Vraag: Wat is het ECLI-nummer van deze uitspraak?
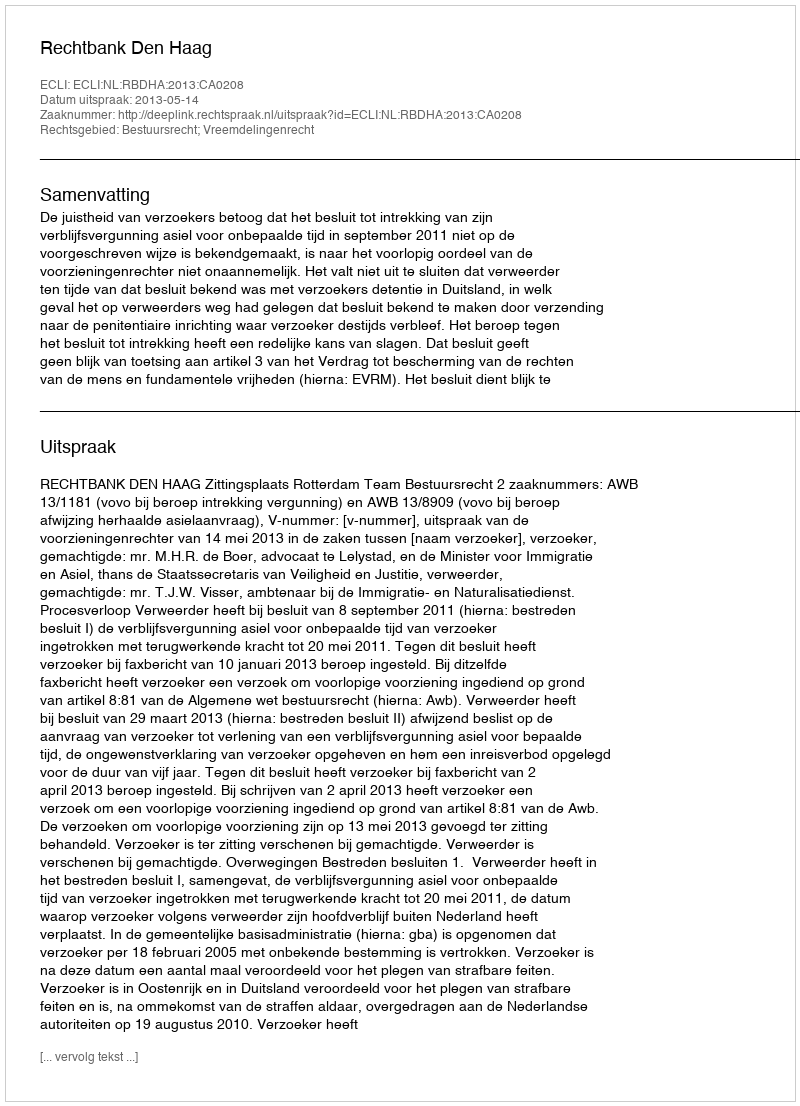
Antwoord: ECLI:NL:RBDHA:2013:CA0208